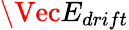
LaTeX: \Vec{E}_{drift}